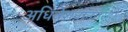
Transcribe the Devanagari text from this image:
अधिवेशनानंतरही